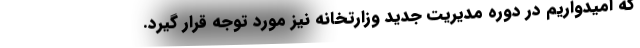
که امیدواریم در دوره مدیریت جدید وزارتخانه نیز مورد توجه قرار گیرد.